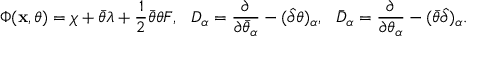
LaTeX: \Phi ( { \bf x } , \theta ) = \chi + \bar { \theta } \lambda + \frac 1 2 \bar { \theta } \theta F , ~ ~ D _ { \alpha } = \frac { \partial } { \partial \bar { \theta } _ { \alpha } } - ( \hat { \partial } \theta ) _ { \alpha } , ~ ~ \bar { D } _ { \alpha } = \frac { \partial } { \partial \theta _ { \alpha } } - ( \bar { \theta } \hat { \partial } ) _ { \alpha } .